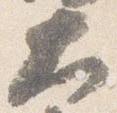
大